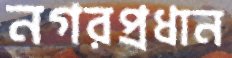
নগরপ্রধান